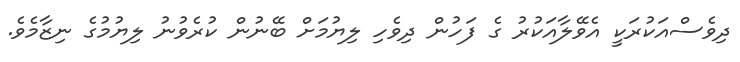
ދިވެސްއަކުރަކީ އެވޭލާއަކުރު ގެ ފަހުން ދިވެހި ލިޔުމަށް ބޭނުން ކުރެވުނު ލިޔުމުގެ ނިޒާމެވެ.